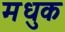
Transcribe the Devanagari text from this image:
मधुक